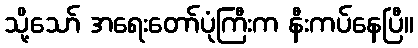
သို့သော် အရေးတော်ပုံကြီးက နီးကပ်နေပြီ။